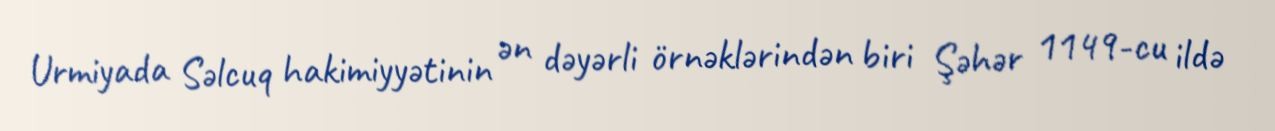
Urmiyada Səlcuq hakimiyyətinin ən dəyərli örnəklərindən biri Şəhər 1149-cu ildə